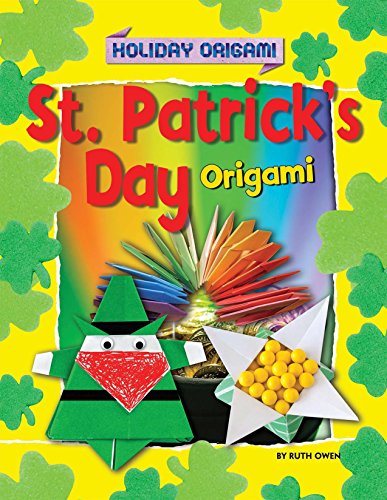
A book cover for St. Patrick's Day Origami (Holiday Origami); Ruth Owen; Children's Books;